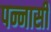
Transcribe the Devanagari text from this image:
पन्नासी